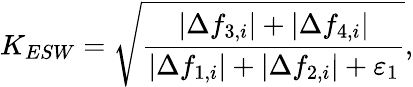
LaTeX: K_{ESW}=\sqrt{\frac{\left|\Delta f_{3,i}\right|+\left|\Delta f_{4,i}\right|}{\left|\Delta f_{1,i}\right|+\left|\Delta f_{2,i}\right|+\varepsilon_{1}}},